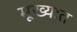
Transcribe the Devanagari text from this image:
मूख्यःत